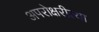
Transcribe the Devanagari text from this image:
अपरोक्षरीत्या